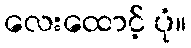
လေးထောင့် ပုံ။